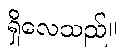
ရှိလေသည်။